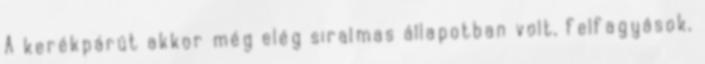
A kerékpárút akkor még elég siralmas állapotban volt, felfagyások,